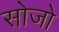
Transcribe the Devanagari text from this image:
सोजो